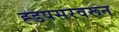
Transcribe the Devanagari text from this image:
ह्डपसरवरून